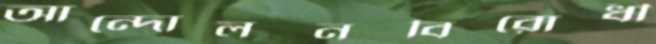
আন্দোলনবিরোধী